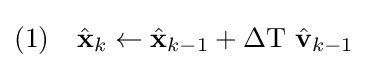
{\text{(1)}}\quad {\hat {\textbf {x}}}_{k}\leftarrow {\hat {\textbf {x}}}_{k-1}+\Delta {\textrm {T}}\ {\textbf {}}{\hat {\textbf {v}}}_{k-1}